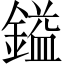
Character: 鎰